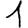
Digit: 1